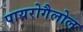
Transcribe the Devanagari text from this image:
पायरोगैलोल